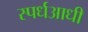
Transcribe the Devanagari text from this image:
स्पर्धआधी